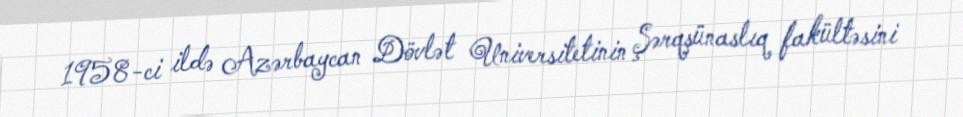
1958-ci ildə Azərbaycan Dövlət Universitetinin Şərqşünaslıq fakültəsini